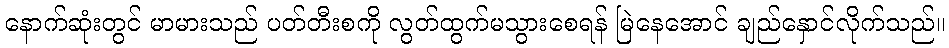
နောက်ဆုံးတွင် မာမားသည် ပတ်တီးစကို လွတ်ထွက်မသွားစေရန် မြဲနေအောင် ချည်နှောင်လိုက်သည်။